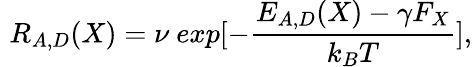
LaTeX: \, \, R_{A,D}(X)=\nu\ exp[-\frac{E_{A,D}(X)-\gamma F_{X}}{k_{B}T}],